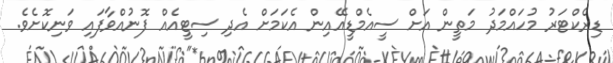
ޑިރެކްޓަރު މުހައްމަދު މަތީން އަށް ސީއެމްޑީއޭއިން އެކަމަށް އެދި ސިޓީއެއް ފޮނުއްވާފައި ވަނިކޮށެވެ.